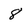
Character: 8